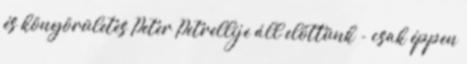
és könyörületes Peter Petrellije áll előttünk - csak éppen